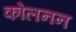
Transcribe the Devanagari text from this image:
कोलनन